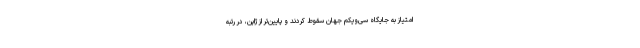
امتیاز به جایگاه سی‌ویکم جهان سقوط کردند و پایین‌تر از ژاپن، در رتبه